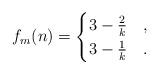
LaTeX: \begin{align*}f_m(n) =\begin{cases}3-\frac2{k} & ,\\3-\frac1{k} & .\end{cases}\end{align*}